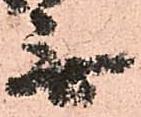
無